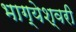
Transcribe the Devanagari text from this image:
भाग्येश्वरी